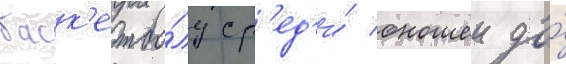
баск'етбо́лу ср'ед'и́ юношеи до́